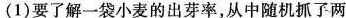
(1)要了解一袋小麦的出芽率，从中随机抓了两